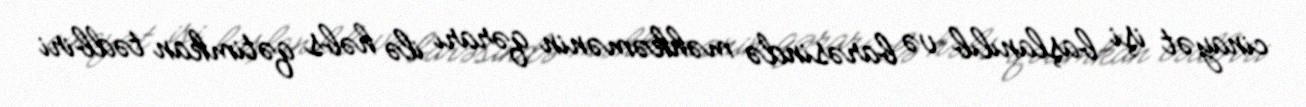
cinayət işi başlanılıb və barəsində məhkəmənin qərarı ilə həbs qətimkan tədbiri